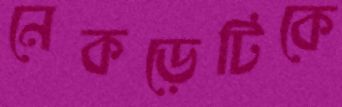
নেকড়েটিকে